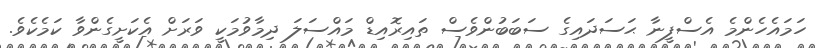
ހަމައެހެންމެ އެސްފީނާ ޙަސަދައިގެ ސަބަބުންވެސް ތައިރޮއިޑް މައްސަލަ ދިމާވުމަކީ ވަރަށް އެކަށީގެންވާ ކަމެކެވެ.